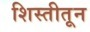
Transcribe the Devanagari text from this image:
शिस्तीतून